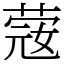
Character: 䓻